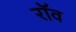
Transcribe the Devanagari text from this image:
रॉव